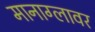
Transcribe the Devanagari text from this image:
मानाग्लावर